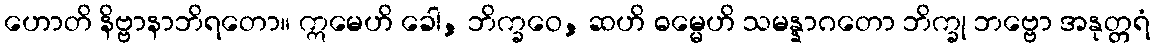
ဟောတိ နိဗ္ဗာနာဘိရတော။ ဣမေဟိ ခေါ, ဘိက္ခဝေ, ဆဟိ ဓမ္မေဟိ သမန္နာဂတော ဘိက္ခု ဘဗ္ဗော အနုတ္တရံ